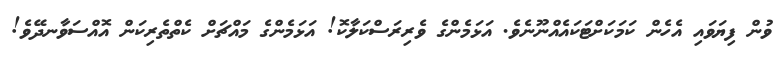
ވުން ފިޔަވައި އެހެން ކަމަކަށްޓަކައެއްނޫނެވެ. އަޅަމެންގެ ވެރިރަސްކަލާކޮ! އަޅަމެންގެ މައްޗަށް ކެތްތެރިކަން އޮއްސަވާނދޭވެ!